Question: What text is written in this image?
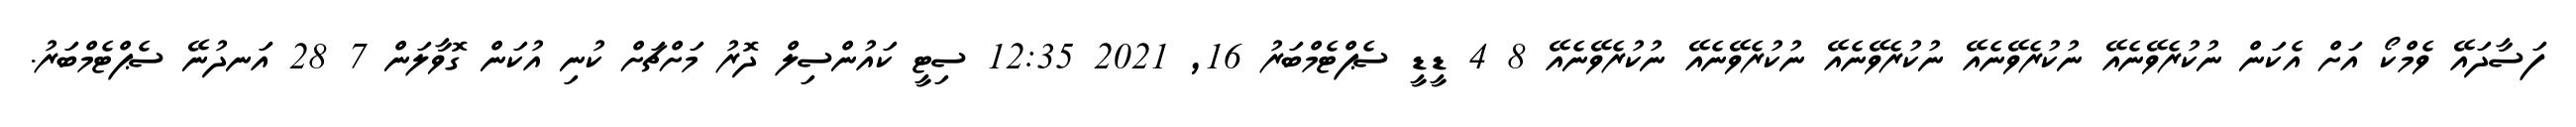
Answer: ފަސާދައޭ ވެމްކޯ އަށް އެކަން ނުކުރެވޭނެއޭ ނުކުރެވޭނެއޭ ނުކުރެވޭނެއޭ ނުކުރެވޭނެއޭ ނުކުރެވޭނެއޭ 8 4 ޑީޑީ ސެޕްޓެމްބަރު 16, 2021 12:35 ސިޓީ ކައުންސިލް ދޮރު މަށްޗަށް ކުނި އުކަން ގޮވާލަން 7 28 އަނދުނޭ ސެޕްޓެމްބަރު.